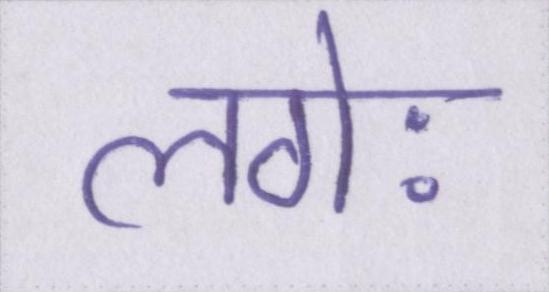
लगेः